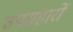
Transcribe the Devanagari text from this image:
उपसंहारों